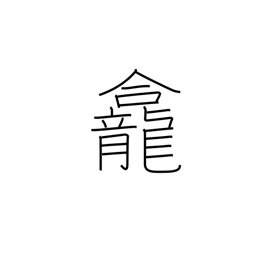
Meaning: alcove for an image